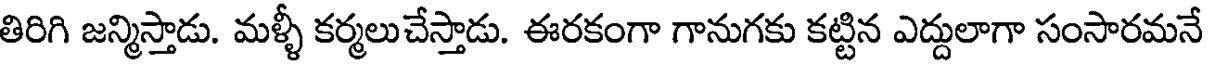
తిరిగి జన్మిస్తాడు. మళ్ళీ కర్మలుచేస్తాడు. ఈరకంగా గానుగకు కట్టిన ఎద్దులాగా సంసారమనే